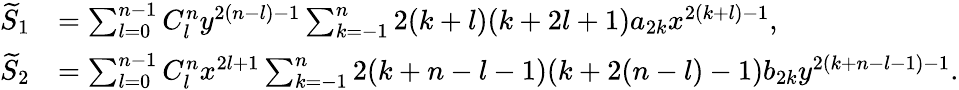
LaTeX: \begin{array}{rl}{\widetilde{S}_{1}}&{=\sum_{l=0}^{n-1}C_{l}^{n}y^{2(n-l)-1}\sum_{k=-1}^{n}2(k+l)(k+2l+1)a_{2k}x^{2(k+l)-1},}\\ {\widetilde{S}_{2}}&{=\sum_{l=0}^{n-1}C_{l}^{n}x^{2l+1}\sum_{k=-1}^{n}2(k+n-l-1)(k+2(n-l)-1)b_{2k}y^{2(k+n-l-1)-1}.}\end{array}